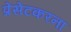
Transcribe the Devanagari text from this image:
प्रेसेटकरना